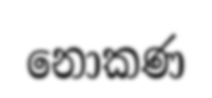
නොකණ